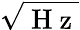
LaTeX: \sqrt{\mathrm{~H~z~}}